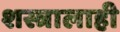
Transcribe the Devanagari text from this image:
शस्त्रालाही